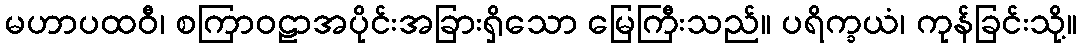
မဟာပထဝီ၊ စကြာဝဠာအပိုင်းအခြားရှိသော မြေကြီးသည်။ ပရိက္ခယံ၊ ကုန်ခြင်းသို့။